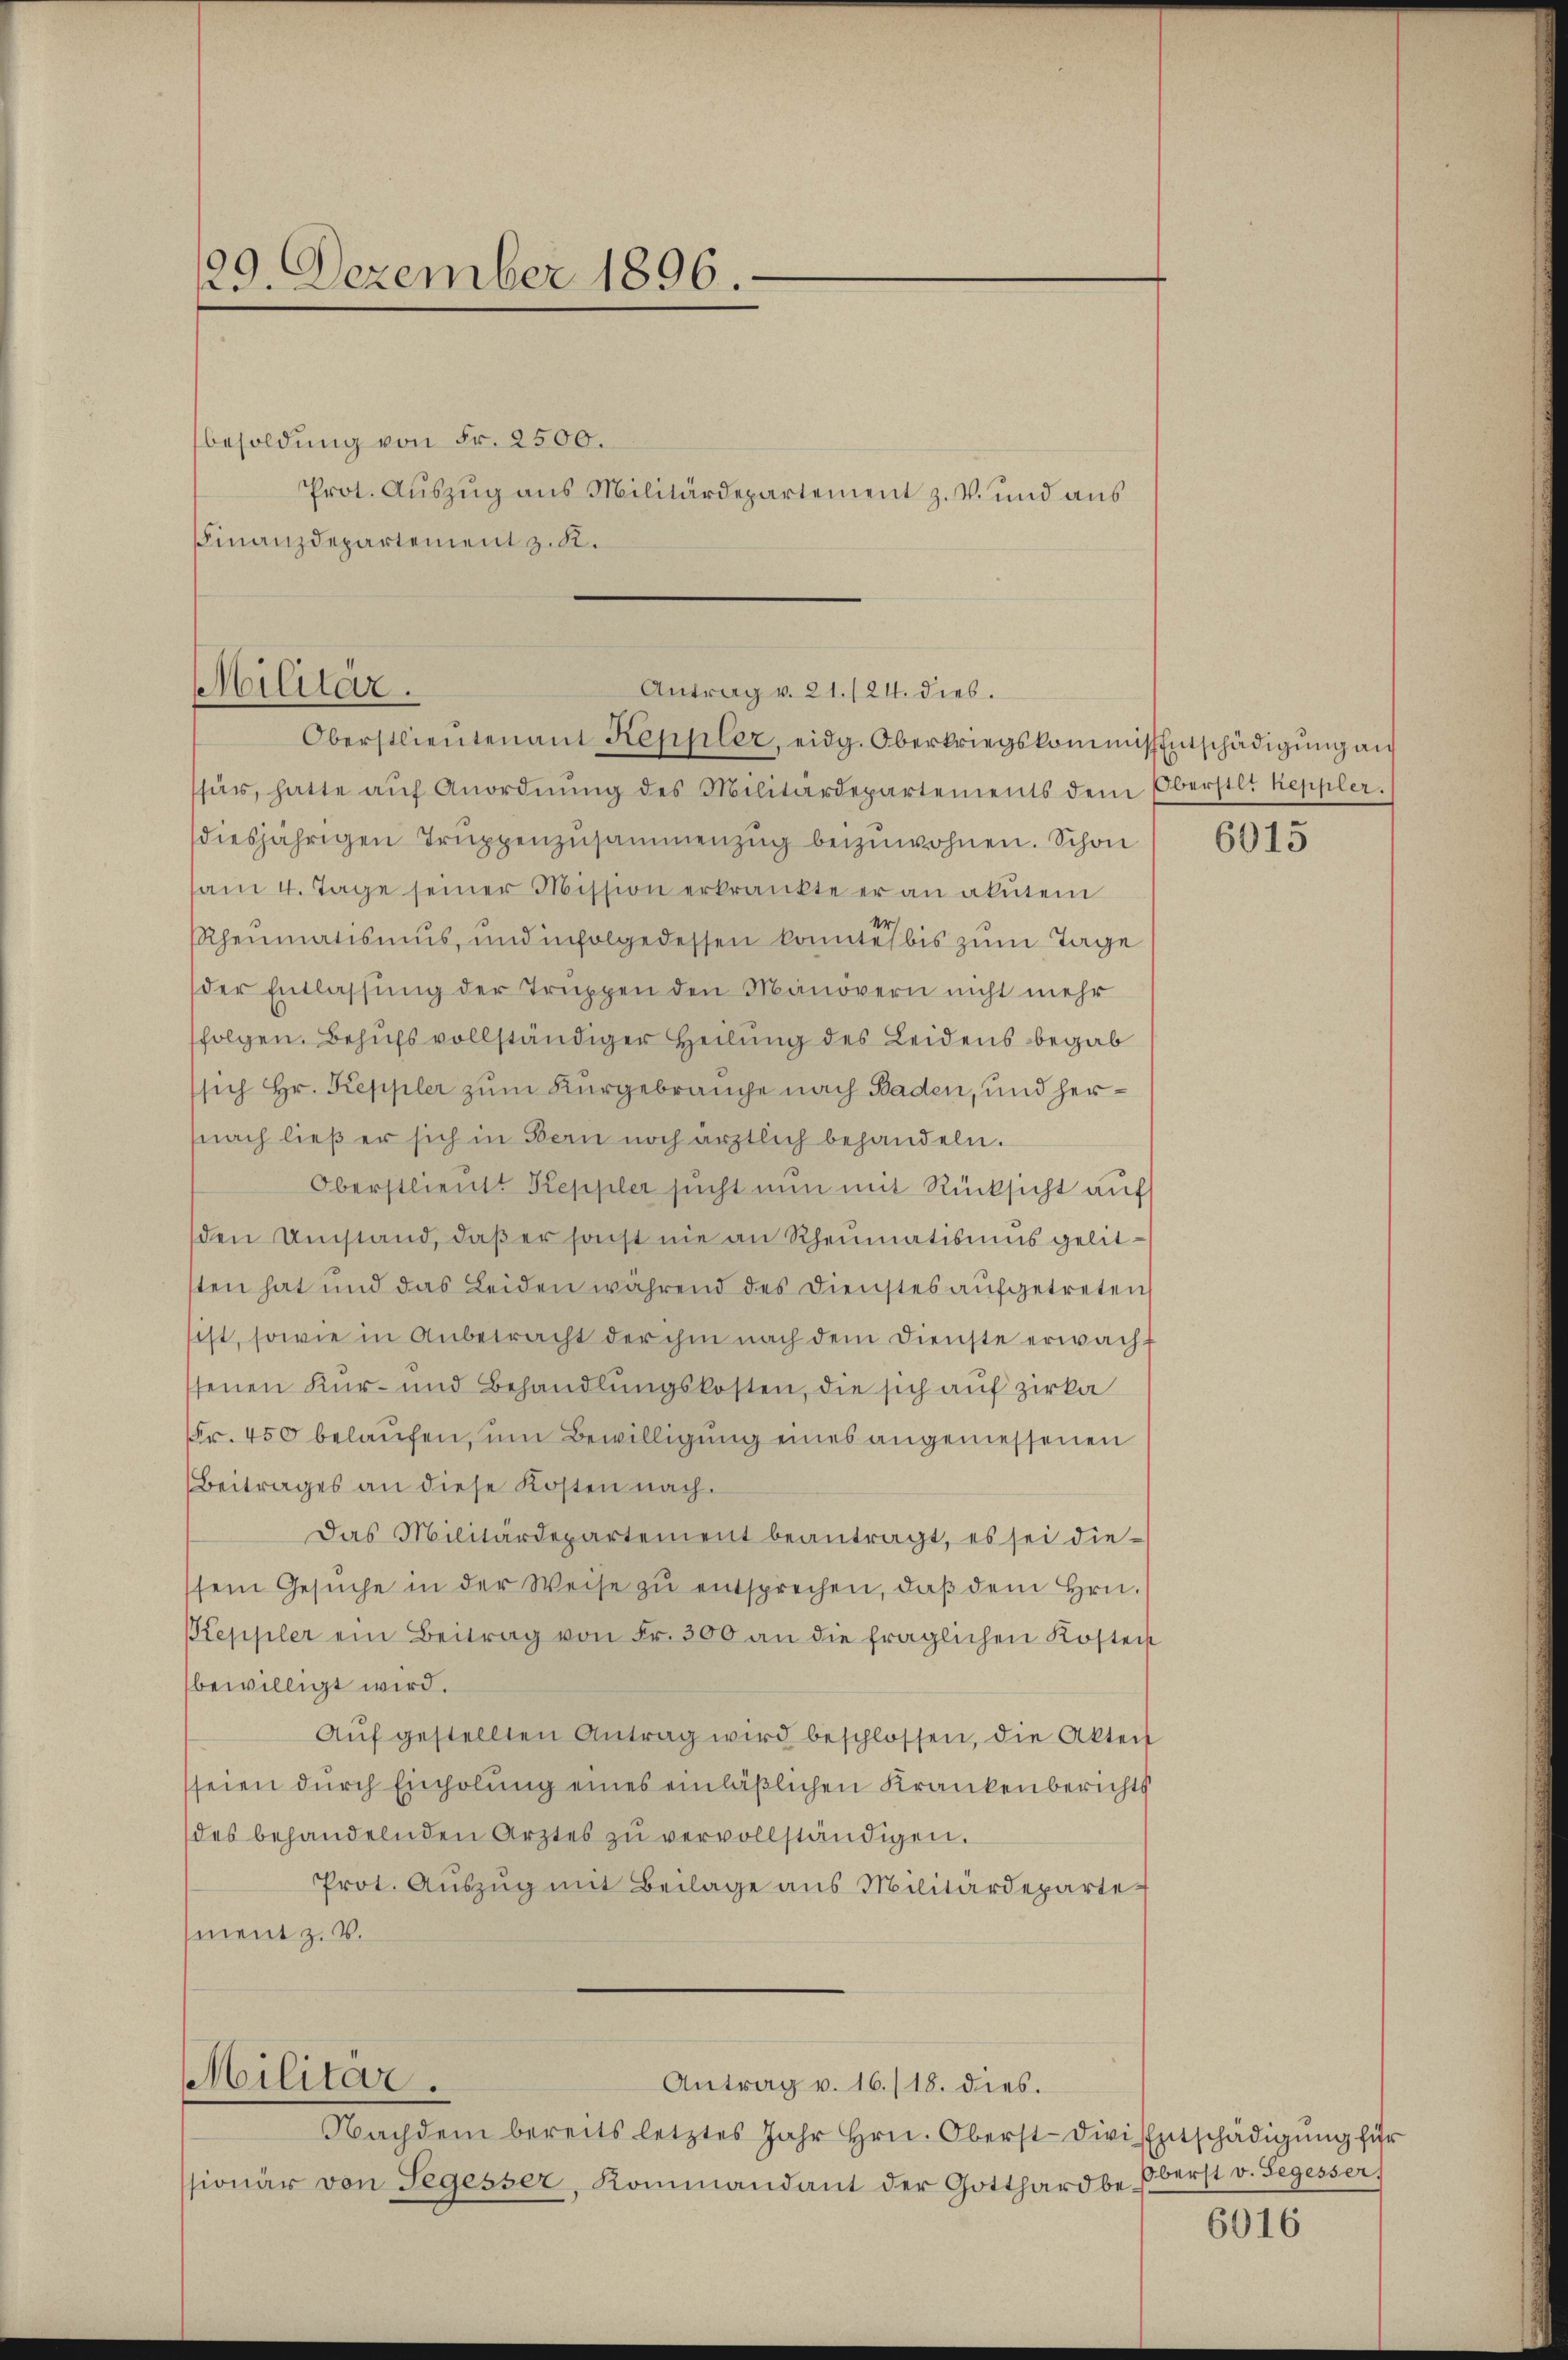
29. Dezember 1896.

besoldung von Fr. 2500.
FFinanzdepartement z. R.

Prot. Auszug aus Militärdepartement z. V. und aus

Militär.
Antrag v. 21./24. dies.
Oberstlieutenant Keppler, eidg. Oberkriegskommissentschädigŭng au

sfür, hatte aŭf Anordnŭng des Militärdepartements dem Oberstlt Keppler.
diesjährigen Truppenzusammenzug beizuwohnen. Schon
am 4. Tage seiner Mission erkrankte er an akutem
Rheumatismŭs, und infolgedessen konntes bis zŭm Tage
der Entlassung der Truppen den Manövern nicht mehr
folgen. Behufs vollständiger Heilung des Leidens begab
sich Hr. Keppler zum Kurgebrauche nach Baden, und her¬
(nach ließ er sich in Bern noch ärztlich behandeln.
Oberstlieutt Keppler sucht nun mit Rücksicht auf
den Umstand, daß er sonst nie an Rheumatismus gelitsten hat und das Leiden während des Dienstes aufgetreten
est, sowie in Anbetracht der ihm nach dem Dienste erwachsenen Kur- und Behandlungskosten, die sich auf zirka
Fr. 450 belaufen, um Bewilligung eines angemessenen
Beitrages an diese Kosten nach.
Das Militärdepartement beantragt, es sei die-
sem Gesŭche in der Weise zŭ entsprechen, daß dem Hrn.
Keppler ein Beitrag von Fr. 300 an die fraglichen Kosten
bewilligt wird.
Aŭf gestellten Antrag wird beschlossen, die Akten
seien durch Einholung eines einläßlichen Krankenberichts
des behandelnden Arztes zŭ vervollständigen.
Prot. Auszug mit Beilage aus Militärdepartement z. B.
Militär.
Antrag v. 16./18. dies.
Nachdem bereits letztes Jahr hrn. Oberst divi Entschädigŭng für
ssionär von Segesser, Kommandant der Gotthard be¬

6015

Oberst v. Segesser,

6016